画像に写った文字を読んでください
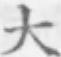
「大」と書いてあります